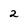
Character: 2